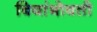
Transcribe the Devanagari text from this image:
बियांभोवती